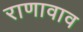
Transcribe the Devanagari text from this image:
राणावाव